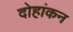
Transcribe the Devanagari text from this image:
दोहांकन